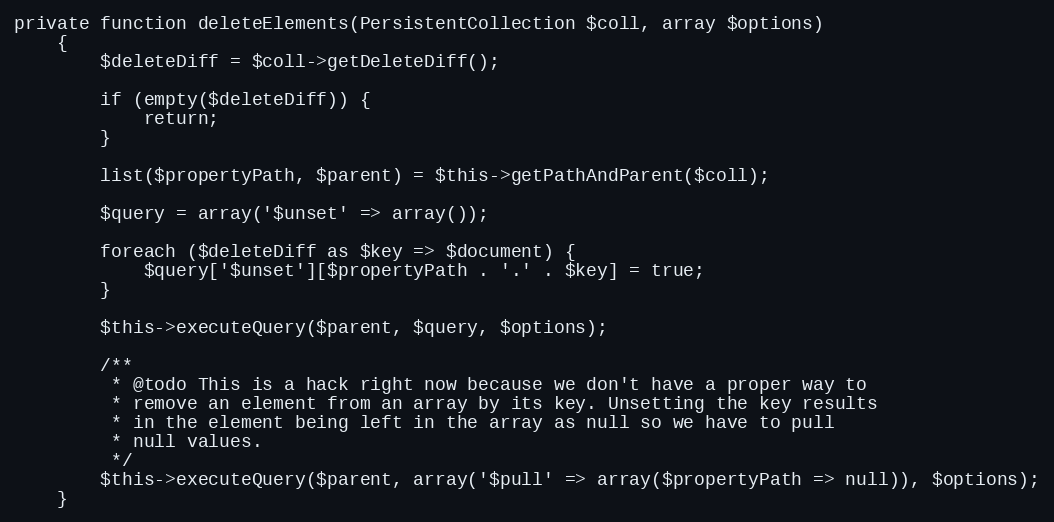
Language: PHP
private function deleteElements(PersistentCollection $coll, array $options)
    {
        $deleteDiff = $coll->getDeleteDiff();

        if (empty($deleteDiff)) {
            return;
        }

        list($propertyPath, $parent) = $this->getPathAndParent($coll);

        $query = array('$unset' => array());

        foreach ($deleteDiff as $key => $document) {
            $query['$unset'][$propertyPath . '.' . $key] = true;
        }

        $this->executeQuery($parent, $query, $options);

        /**
         * @todo This is a hack right now because we don't have a proper way to
         * remove an element from an array by its key. Unsetting the key results
         * in the element being left in the array as null so we have to pull
         * null values.
         */
        $this->executeQuery($parent, array('$pull' => array($propertyPath => null)), $options);
    }